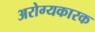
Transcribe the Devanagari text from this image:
अरोग्यकारक